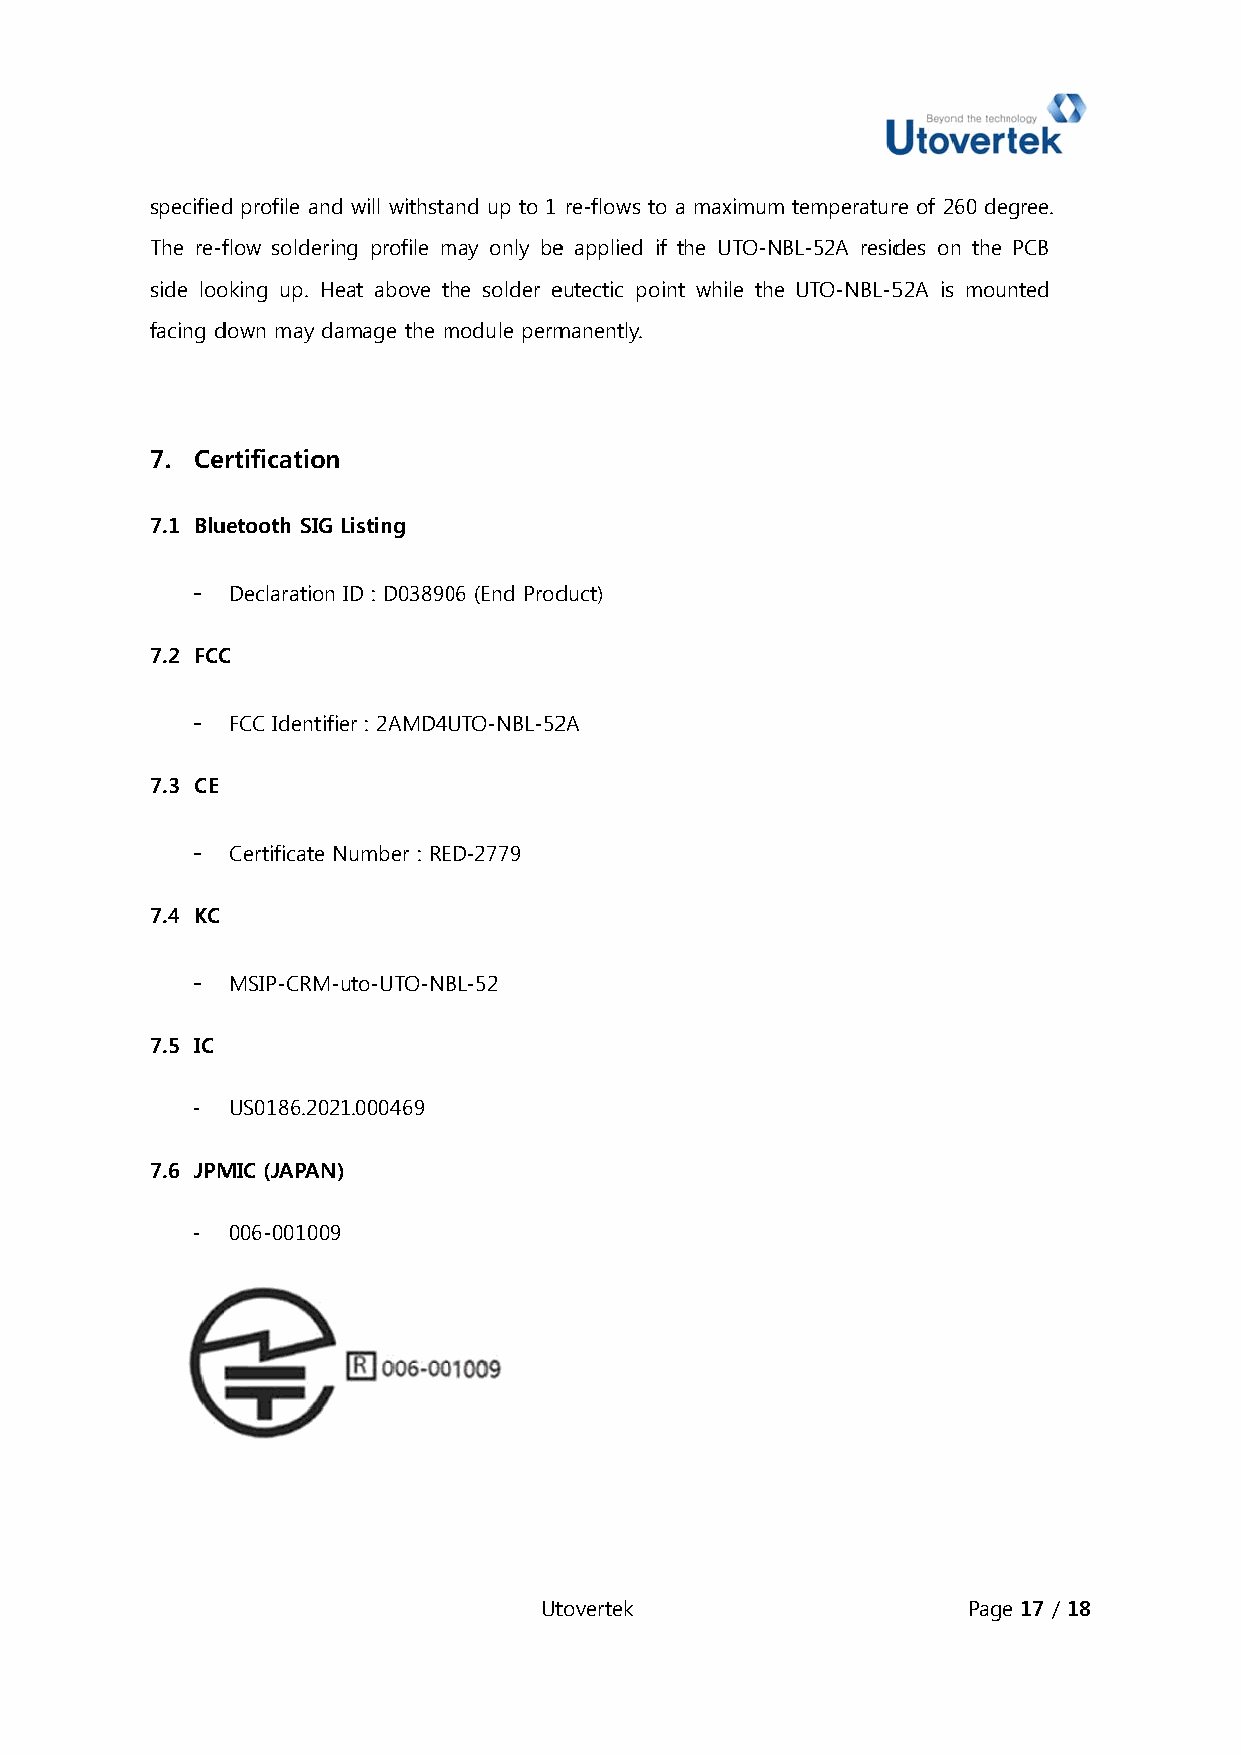
specifiedd profile andd will withstaand up to 1 re-flows to a maximumtemperaturre of 260 degree.
 The re-fflow soldering profile mmay only bee applied if the UTO-NBL-52A residdes on the PCB
 side loooking up. Heeat above the solder eeutectic poinnt while the UTO-NBL-552A is mounted
 facing ddown may daamage the mmodule permmanently.
 7. Certificationn
 7.1 Bluuetooth SIG Listing
 - Declaration ID : D0389006 (End Prodduct)
 7.2 FCCC
 - FCC Identifiier : 2AMD4UTO-NBL-522A
 7.3 CE
 - Certificate NNumber : REED-2779
 7.4 KC
 - MSIP-CRM--uto-UTO-NBBL-52
 7.5 IC
 - US0186.20221.000469
 7.6 JPMMIC (JAPAN)
 - 006-0010099
 Uttovertek                  Pagee 17 / 18